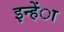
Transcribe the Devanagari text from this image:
इन्हेंा